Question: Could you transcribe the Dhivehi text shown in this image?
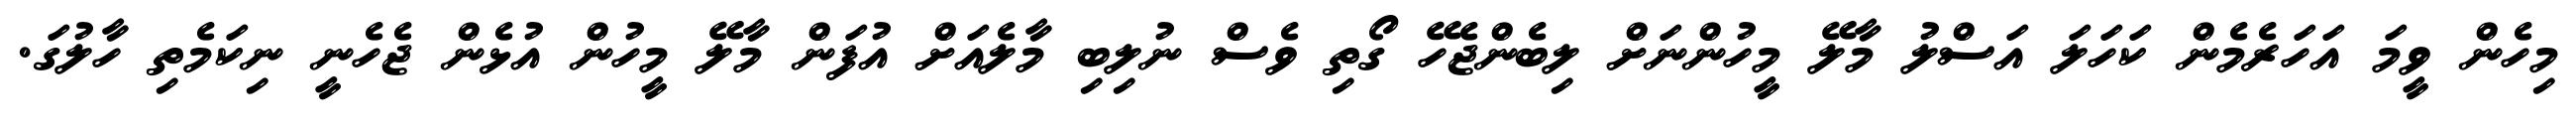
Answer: މިހެން ވީމަ އަހަރެމެން ކަހަލަ އަސްލު މާލޭ މީހުންނަށް ލިބެންޖެހޭ ގޯތި ވެސް ނުލިބި މާލެއަށް އުފަން މާލޭ މީހުން އުޅެން ޖެހެނީ ނިކަމެތި ހާލުގަ.